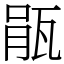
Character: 瓹